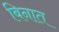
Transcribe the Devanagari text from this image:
बिनात